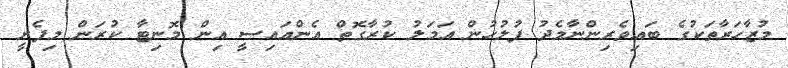
މުޒާހަރާތަކުގެ ބައިވެރިންނާމެދު ފުލުހުން އަމަލު ކުރާގޮތް އެންއައިސީ އިން މޮނިޓާ ކުރަން މިފެށީ